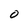
Character: O